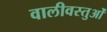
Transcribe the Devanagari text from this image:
वालीवस्तुओं